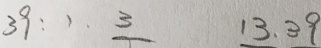
3 9 : 1 \cdot 3 1 3 . 3 9